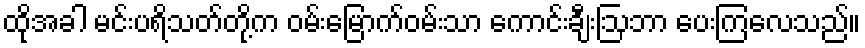
ထိုအခါ မင်းပရိသတ်တို့က ဝမ်းမြောက်ဝမ်းသာ ကောင်းချီးဩဘာ ပေးကြလေသည်။